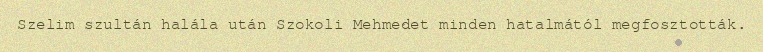
Szelim szultán halála után Szokoli Mehmedet minden hatalmától megfosztották.